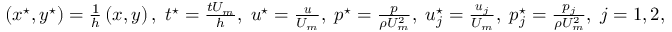
\begin{array} { r } { \left( x ^ { \star } , y ^ { \star } \right) = \frac { 1 } { h } \left( x , y \right) , \; t ^ { \star } = \frac { t U _ { m } } { h } , \; \boldsymbol { u } ^ { \star } = \frac { \boldsymbol { u } } { U _ { m } } , \; p ^ { \star } = \frac { p } { \rho U _ { m } ^ { 2 } } , \; \boldsymbol { u } _ { j } ^ { \star } = \frac { \boldsymbol { u } _ { j } } { U _ { m } } , \; p _ { j } ^ { \star } = \frac { p _ { j } } { \rho U _ { m } ^ { 2 } } , \; j = 1 , 2 , } \end{array}